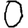
Digit: 0